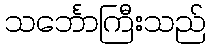
သင်္ဘောကြီးသည်